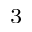
^ 3